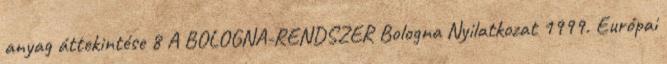
anyag áttekintése 8 A BOLOGNA-RENDSZER Bologna Nyilatkozat 1999. Európai